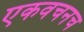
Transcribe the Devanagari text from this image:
एकवचनच